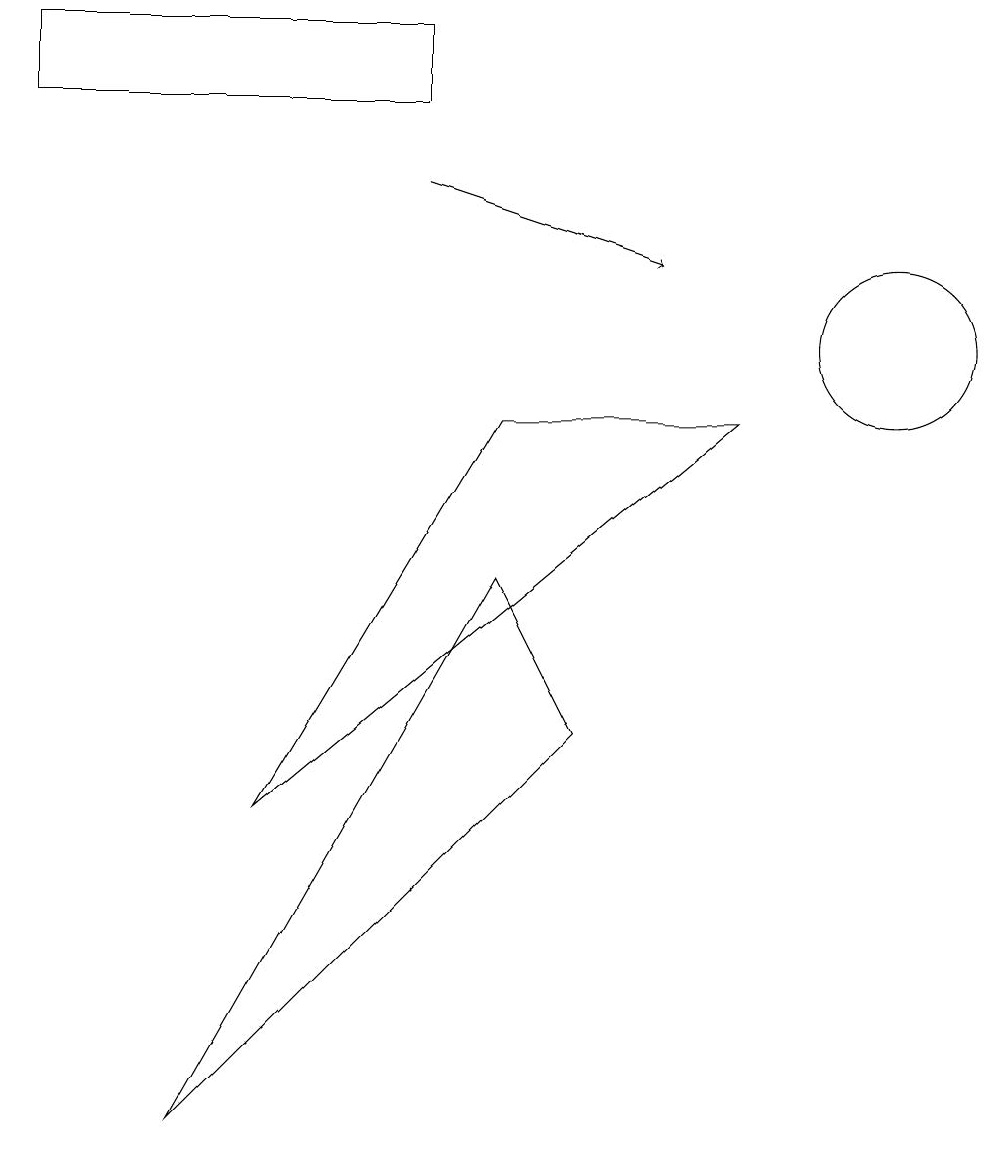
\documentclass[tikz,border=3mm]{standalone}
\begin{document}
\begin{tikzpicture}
\draw (2,0) -- (7,5) -- (6,7) -- cycle;
\draw[->] (5,12) -- (8,11);
\draw (6,9) -- (9,9) -- (3,4) -- cycle;
\draw (0,14) rectangle (5,13);
\draw (11,10) circle (1);
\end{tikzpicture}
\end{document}